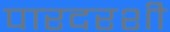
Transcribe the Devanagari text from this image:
पारदरशी